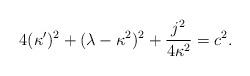
LaTeX: \begin{align*} 4(\kappa^{\prime})^2 +(\lambda - \kappa^2)^2 + \frac{j^2}{4\kappa^2} = c^2.\end{align*}